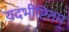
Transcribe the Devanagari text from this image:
यदभीष्टितम्